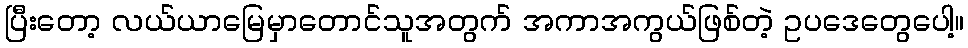
ပြီးတော့ လယ်ယာမြေမှာတောင်သူအတွက် အကာအကွယ်ဖြစ်တဲ့ ဥပဒေတွေပေါ့။